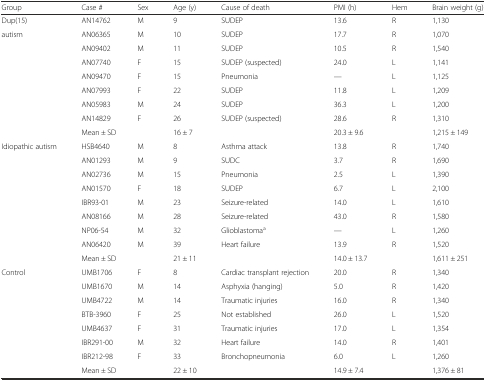
<table><thead><tr><td><b>Group</b></td><td><b>Case #</b></td><td><b>Sex</b></td><td><b>Age (y)</b></td><td><b>Cause of death</b></td><td><b>PMI (h)</b></td><td><b>Hem</b></td><td><b>Brain weight (g)</b></td></tr></thead><tbody><tr><td>Dup(15)</td><td>AN14762</td><td>M</td><td>9</td><td>SUDEP</td><td>13.6</td><td>R</td><td>1,130</td></tr><tr><td rowspan="8">autism</td><td>AN06365</td><td>M</td><td>10</td><td>SUDEP</td><td>17.7</td><td>R</td><td>1,070</td></tr><tr><td>AN09402</td><td>M</td><td>11</td><td>SUDEP</td><td>10.5</td><td>R</td><td>1,540</td></tr><tr><td>AN07740</td><td>F</td><td>15</td><td>SUDEP (suspected)</td><td>24.0</td><td>L</td><td>1,141</td></tr><tr><td>AN09470</td><td>F</td><td>15</td><td>Pneumonia</td><td>—</td><td>L</td><td>1,125</td></tr><tr><td>AN07993</td><td>F</td><td>22</td><td>SUDEP</td><td>11.8</td><td>L</td><td>1,209</td></tr><tr><td>AN05983</td><td>M</td><td>24</td><td>SUDEP</td><td>36.3</td><td>L</td><td>1,200</td></tr><tr><td>AN14829</td><td>F</td><td>26</td><td>SUDEP (suspected)</td><td>28.6</td><td>R</td><td>1,310</td></tr><tr><td colspan="2">Mean ± SD</td><td>16 ± 7</td><td></td><td>20.3 ± 9.6</td><td></td><td>1,215 ± 149</td></tr><tr><td rowspan="9">Idiopathic autism</td><td>HSB4640</td><td>M</td><td>8</td><td>Asthma attack</td><td>13.8</td><td>R</td><td>1,740</td></tr><tr><td>AN01293</td><td>M</td><td>9</td><td>SUDC</td><td>3.7</td><td>R</td><td>1,690</td></tr><tr><td>AN02736</td><td>M</td><td>15</td><td>Pneumonia</td><td>2.5</td><td>L</td><td>1,390</td></tr><tr><td>AN01570</td><td>F</td><td>18</td><td>SUDEP</td><td>6.7</td><td>L</td><td>2,100</td></tr><tr><td>IBR93-01</td><td>M</td><td>23</td><td>Seizure-related</td><td>14.0</td><td>L</td><td>1,610</td></tr><tr><td>AN08166</td><td>M</td><td>28</td><td>Seizure-related</td><td>43.0</td><td>R</td><td>1,580</td></tr><tr><td>NP06-54</td><td>M</td><td>32</td><td>Glioblastoma<sup>a</sup></td><td>—</td><td>L</td><td>1,260</td></tr><tr><td>AN06420</td><td>M</td><td>39</td><td>Heart failure</td><td>13.9</td><td>R</td><td>1,520</td></tr><tr><td colspan="2">Mean ± SD</td><td>21 ± 11</td><td></td><td>14.0 ± 13.7</td><td></td><td>1,611 ± 251</td></tr><tr><td rowspan="8">Control</td><td>UMB1706</td><td>F</td><td>8</td><td>Cardiac transplant rejection</td><td>20.0</td><td>R</td><td>1,340</td></tr><tr><td>UMB1670</td><td>M</td><td>14</td><td>Asphyxia (hanging)</td><td>5.0</td><td>R</td><td>1,420</td></tr><tr><td>UMB4722</td><td>M</td><td>14</td><td>Traumatic injuries</td><td>16.0</td><td>R</td><td>1,340</td></tr><tr><td>BTB-3960</td><td>F</td><td>25</td><td>Not established</td><td>26.0</td><td>L</td><td>1,520</td></tr><tr><td>UMB4637</td><td>F</td><td>31</td><td>Traumatic injuries</td><td>17.0</td><td>L</td><td>1,354</td></tr><tr><td>IBR291-00</td><td>M</td><td>32</td><td>Heart failure</td><td>14.0</td><td>R</td><td>1,401</td></tr><tr><td>IBR212-98</td><td>F</td><td>33</td><td>Bronchopneumonia</td><td>6.0</td><td>L</td><td>1,260</td></tr><tr><td colspan="2">Mean ± SD</td><td>22 ± 10</td><td></td><td>14.9 ± 7.4</td><td></td><td>1,376 ± 81</td></tr></tbody></table>